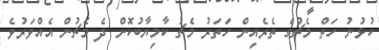
ކުޅުނު ހަތް މެޗުގެ ތެރެއިން ހަތަރު މެޗު ކާމިޔާބުކޮށް ދެ މެޗުން އެއްވަރުވެ